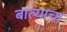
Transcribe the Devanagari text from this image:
बाल्याचा